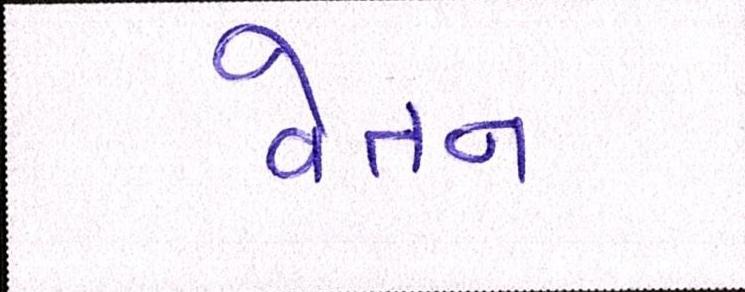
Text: વેતન